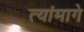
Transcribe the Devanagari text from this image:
त्यांमागे